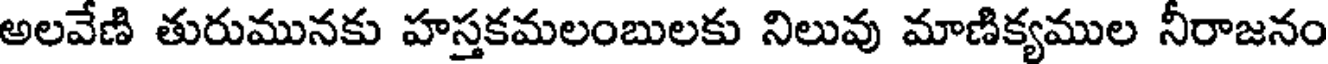
అలవేణి తురుమునకు హస్తకమలంబులకు నిలువు మాణిక్యముల నీరాజనం